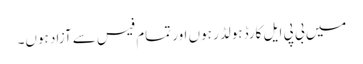
میں بی پی ایل کارڈ ہولڈر ہوں اور تمام فیس سے آزاد ہوں۔